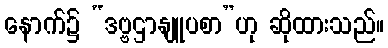
နောက်၌ “ဒဗ္ဗဌာနျူပစာ”ဟု ဆိုထားသည်။